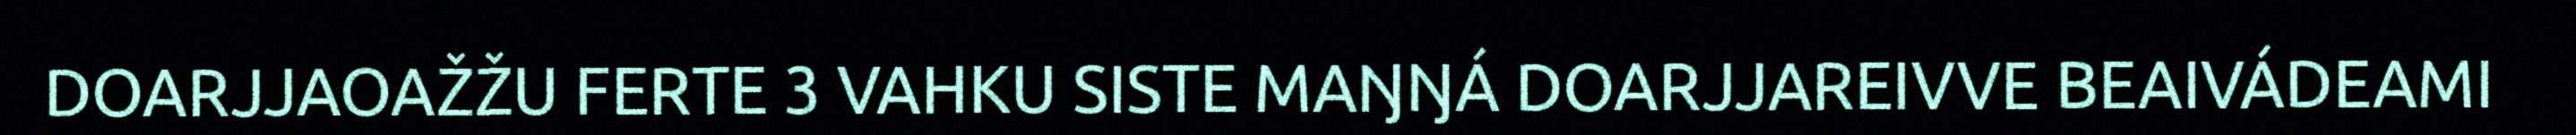
DOARJJAOAŽŽU FERTE 3 VAHKU SISTE MAŊŊÁ DOARJJAREIVVE BEAIVÁDEAMI